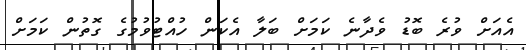
އެއަށް ވުރެ ބޮޑު ވެދާނެ ކަމަށް ބަލާ އެކަން ހުއްޓުވުމުގެ ގޮތުން ކަމަށް